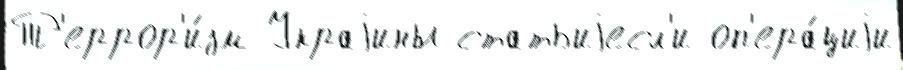
Т'еррор'и́зм Украjины статьиjесл'и оп'ера́циjи